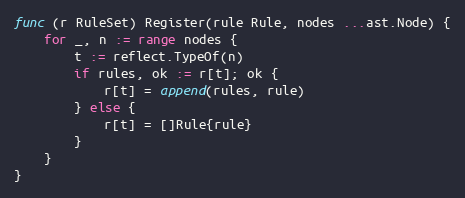
Language: Go
func (r RuleSet) Register(rule Rule, nodes ...ast.Node) {
	for _, n := range nodes {
		t := reflect.TypeOf(n)
		if rules, ok := r[t]; ok {
			r[t] = append(rules, rule)
		} else {
			r[t] = []Rule{rule}
		}
	}
}